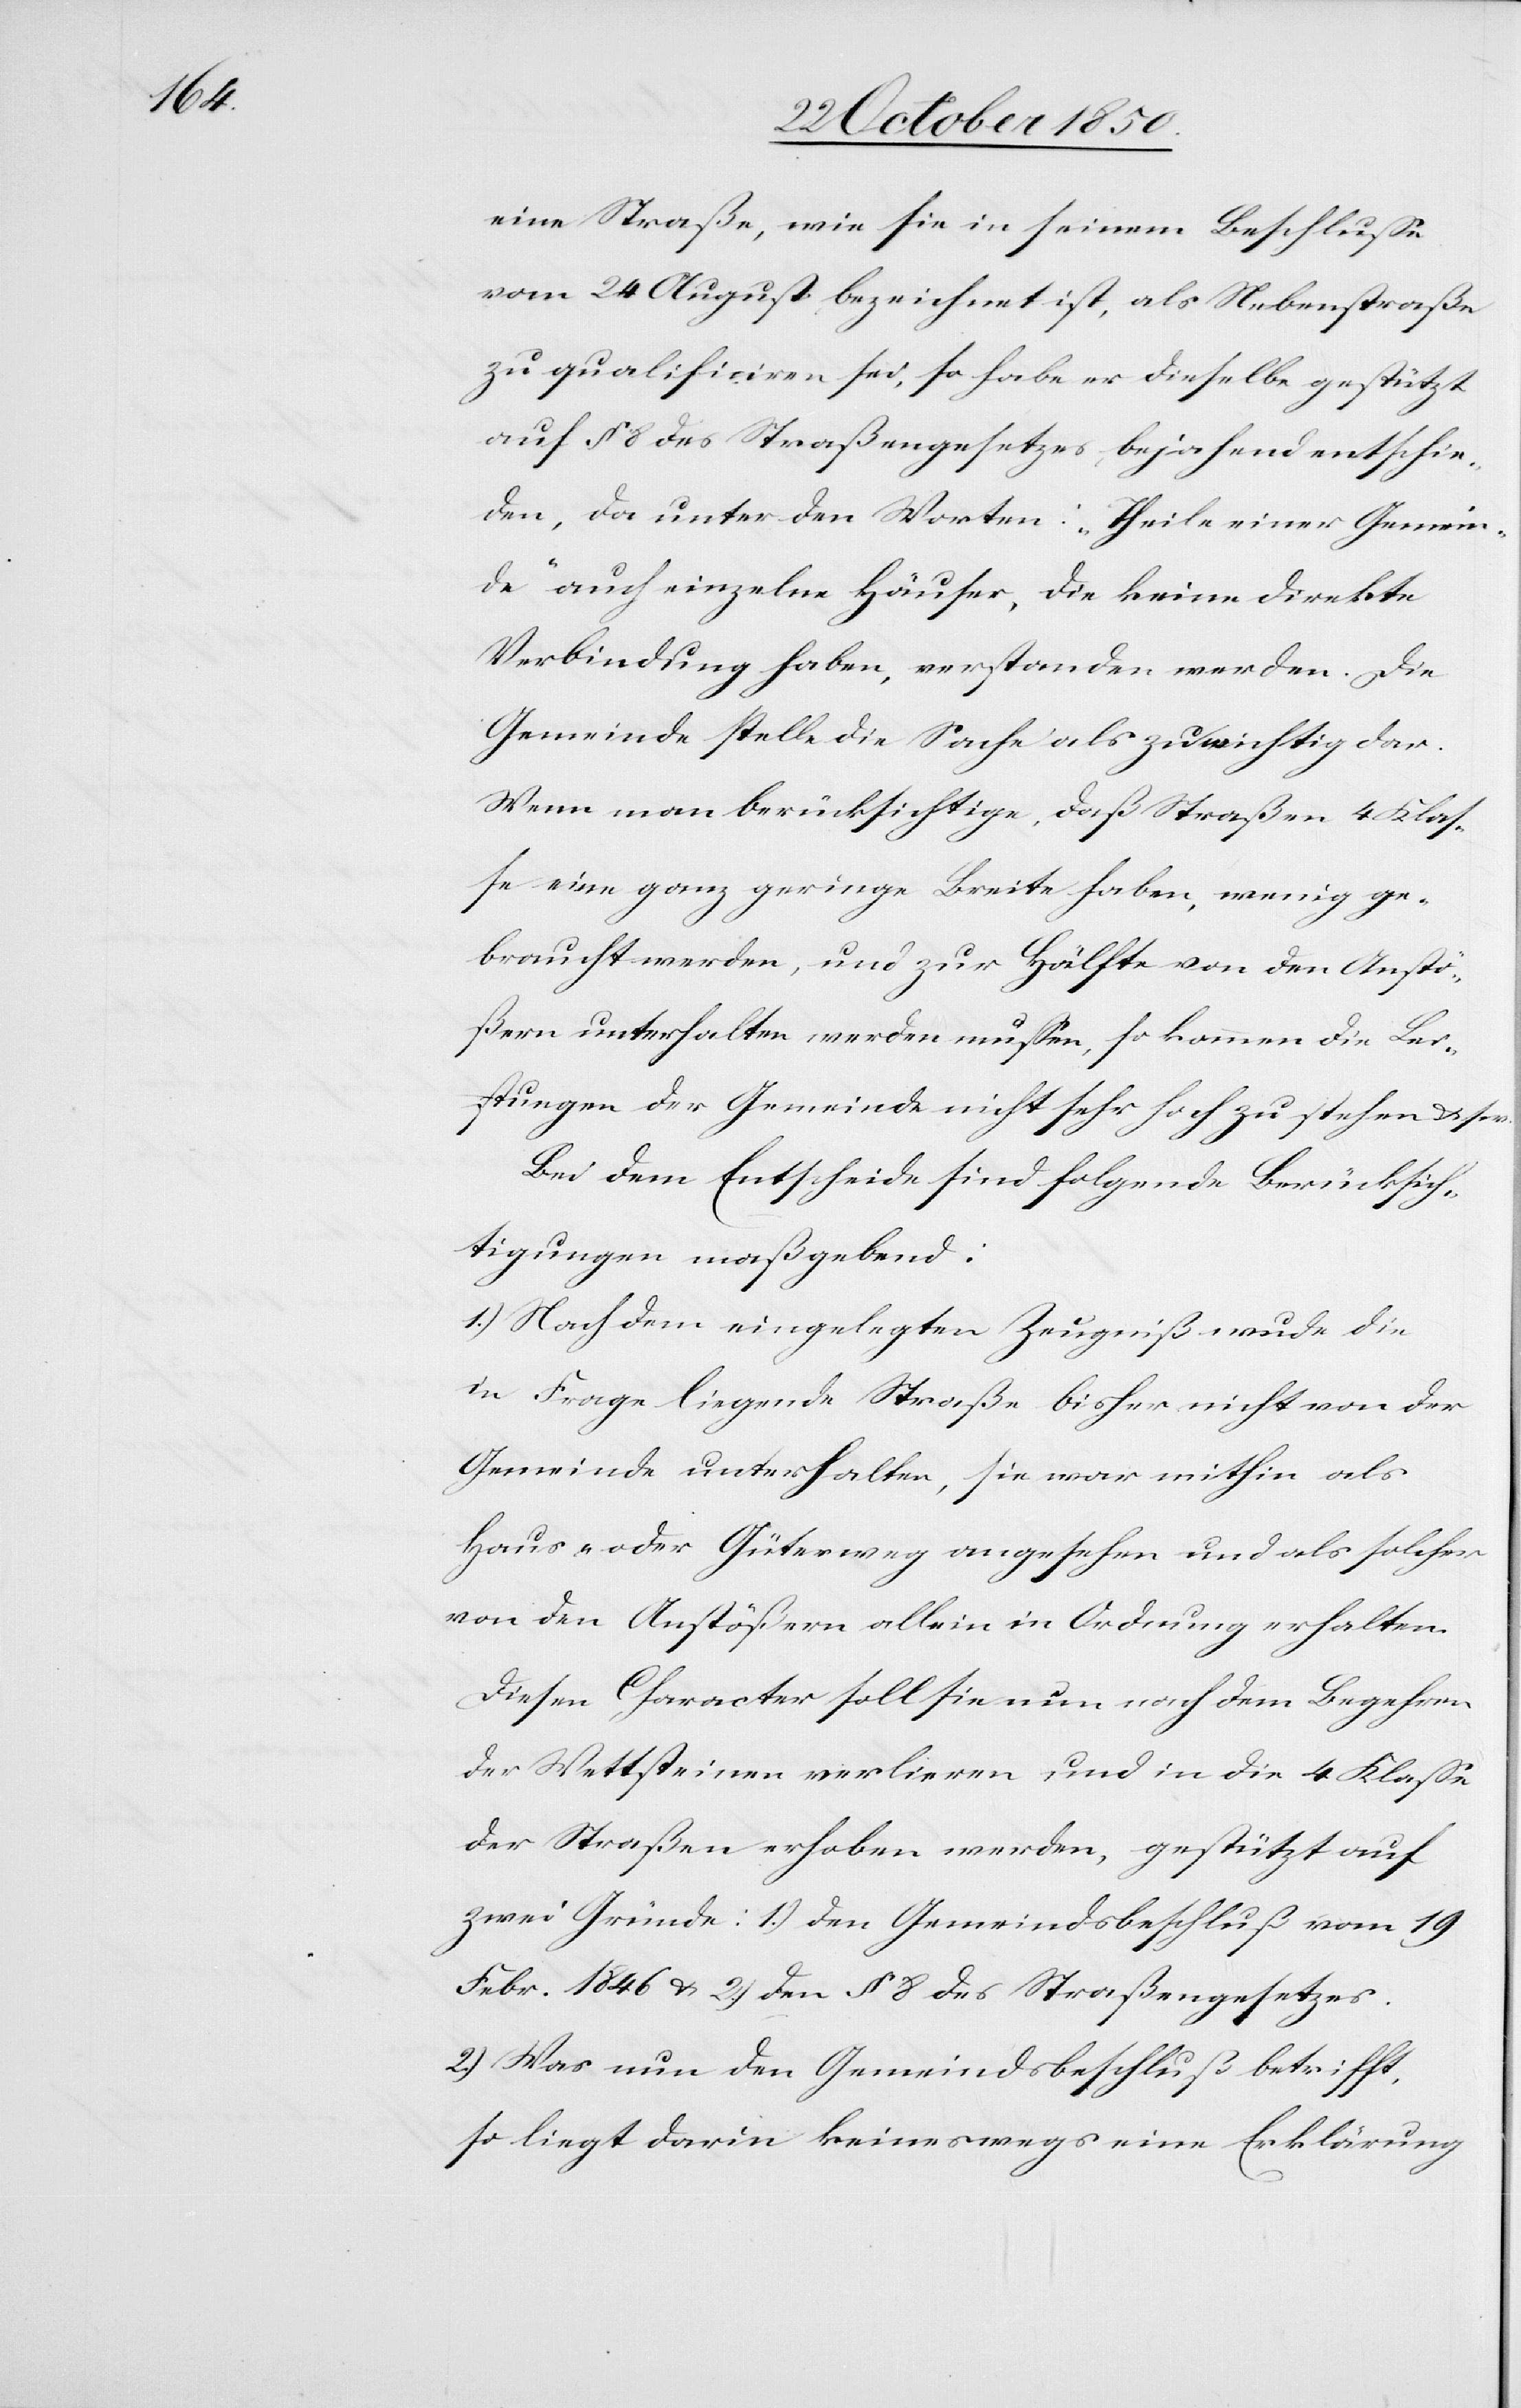
eine Straße, wie sie in seinem Beschlusse
vom 24 August bezeichnet ist, als Nebenstraße
zu qualificiren sei, so habe er dieselbe gestützt
auf § 8 des Straßengesetzes, bejahend entschie¬
den, da unter den Worten: „Theile einer Gemein¬
de“ auch einzelne Häuser, die keine direkte
Verbindung haben, verstanden werden. Die
Gemeinde stelle die Sache als zu wichtig dar.
Wenn man berücksichtige, daß Straßen 4 Klas¬
se eine ganz geringe Breite haben, wenig ge¬
braucht werden, und zur Hälfte von den Anstö¬
ßern unterhalten werden mussen [sic!], so kommen die Leis¬
tungen der Gemeinde nicht sehr hoch zu stehen & s.
Bei dem Entscheide sind folgende Berücksich¬
tigungen maßgebend:
1.) Nach dem eingelegten Zeugniß wu[r]de die
in Frage liegende Straße bisher nicht von der
Gemeinde unterhalten, sie war mithin als
Haus- oder Güterweg angesehen und als solcher
von den Anstößern allein in Ordnung erhalten.
Diesen Character soll sie nun nach dem Begehren
der Wettsteinen verlieren und in die 4 Klasse
der Straßen erhoben werden, gestützt auf
zwei Gründe: 1.) Den Gemeindsbeschluß vom 19
Febr. 1846 & 2.) den § 8 des Straßengesetzes.
2.) Was nun den Gemeindsbeschluß betrifft,
so liegt darin keineswegs eine Erklärung